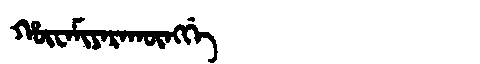
Manchu: ᡥᡡᠸᠠᠮᡳᠶᠠᡵᠠᡴᡡᠩᡤᡝ
Romanization: HŪWAMIYARAKŪNGGE